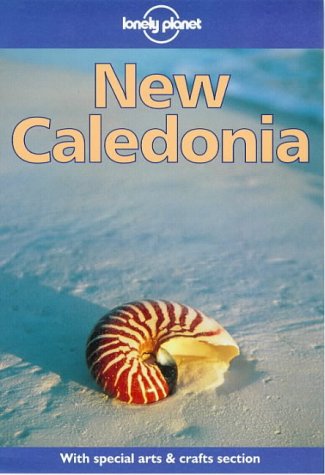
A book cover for Lonely Planet New Caledonia; Leanne Logan; Travel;